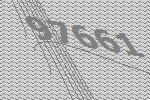
97661